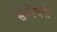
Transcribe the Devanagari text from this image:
सेम्मेंचेरी